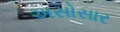
અસોસાર